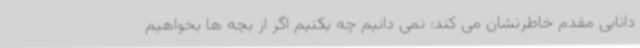
دانایی مقدم خاطرنشان می کند: نمی دانیم چه بکنیم اگر از بچه ها بخواهیم